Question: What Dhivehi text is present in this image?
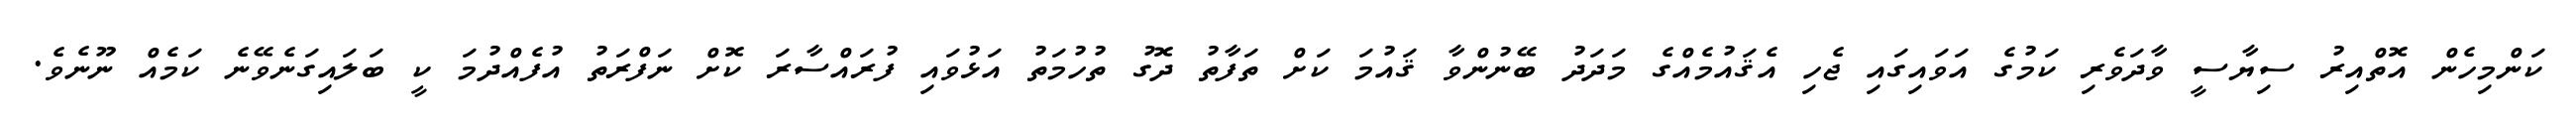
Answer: ކަންމިހެން އޮތްއިރު ސިޔާސީ ވާދަވެރި ކަމުގެ އަވައިގައި ޖެހި އެޤައުމެއްގެ މަދަދު ބޭނުންވާ ޤައުމަ ކަށް ތަފާތު ދޮގު ތުހުމަތު އަޅުވައި ފުރައްސާރަ ކޮށް ނަފްރަތު އުފެއްދުމަ ކީ ބަލައިގަނެވޭނެ ކަމެއް ނޫނެވެ.